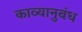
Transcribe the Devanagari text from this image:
काव्यानुबंध